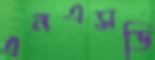
এনএসডি